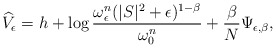
\begin{align*}\widehat{V}_{\epsilon}=h+\log\frac{\omega^n_{\epsilon}(|S|^2+\epsilon)^{1-\beta}}{\omega^n_{0}}+\frac{\beta}{N}\Psi_{\epsilon,\beta},\end{align*}